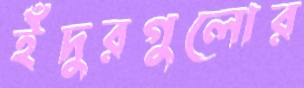
ইঁদুরগুলোর